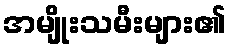
အမျိုးသမီးများ၏